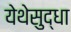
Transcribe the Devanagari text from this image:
येथेसुद्धा